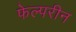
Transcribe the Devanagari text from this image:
फेल्परीन